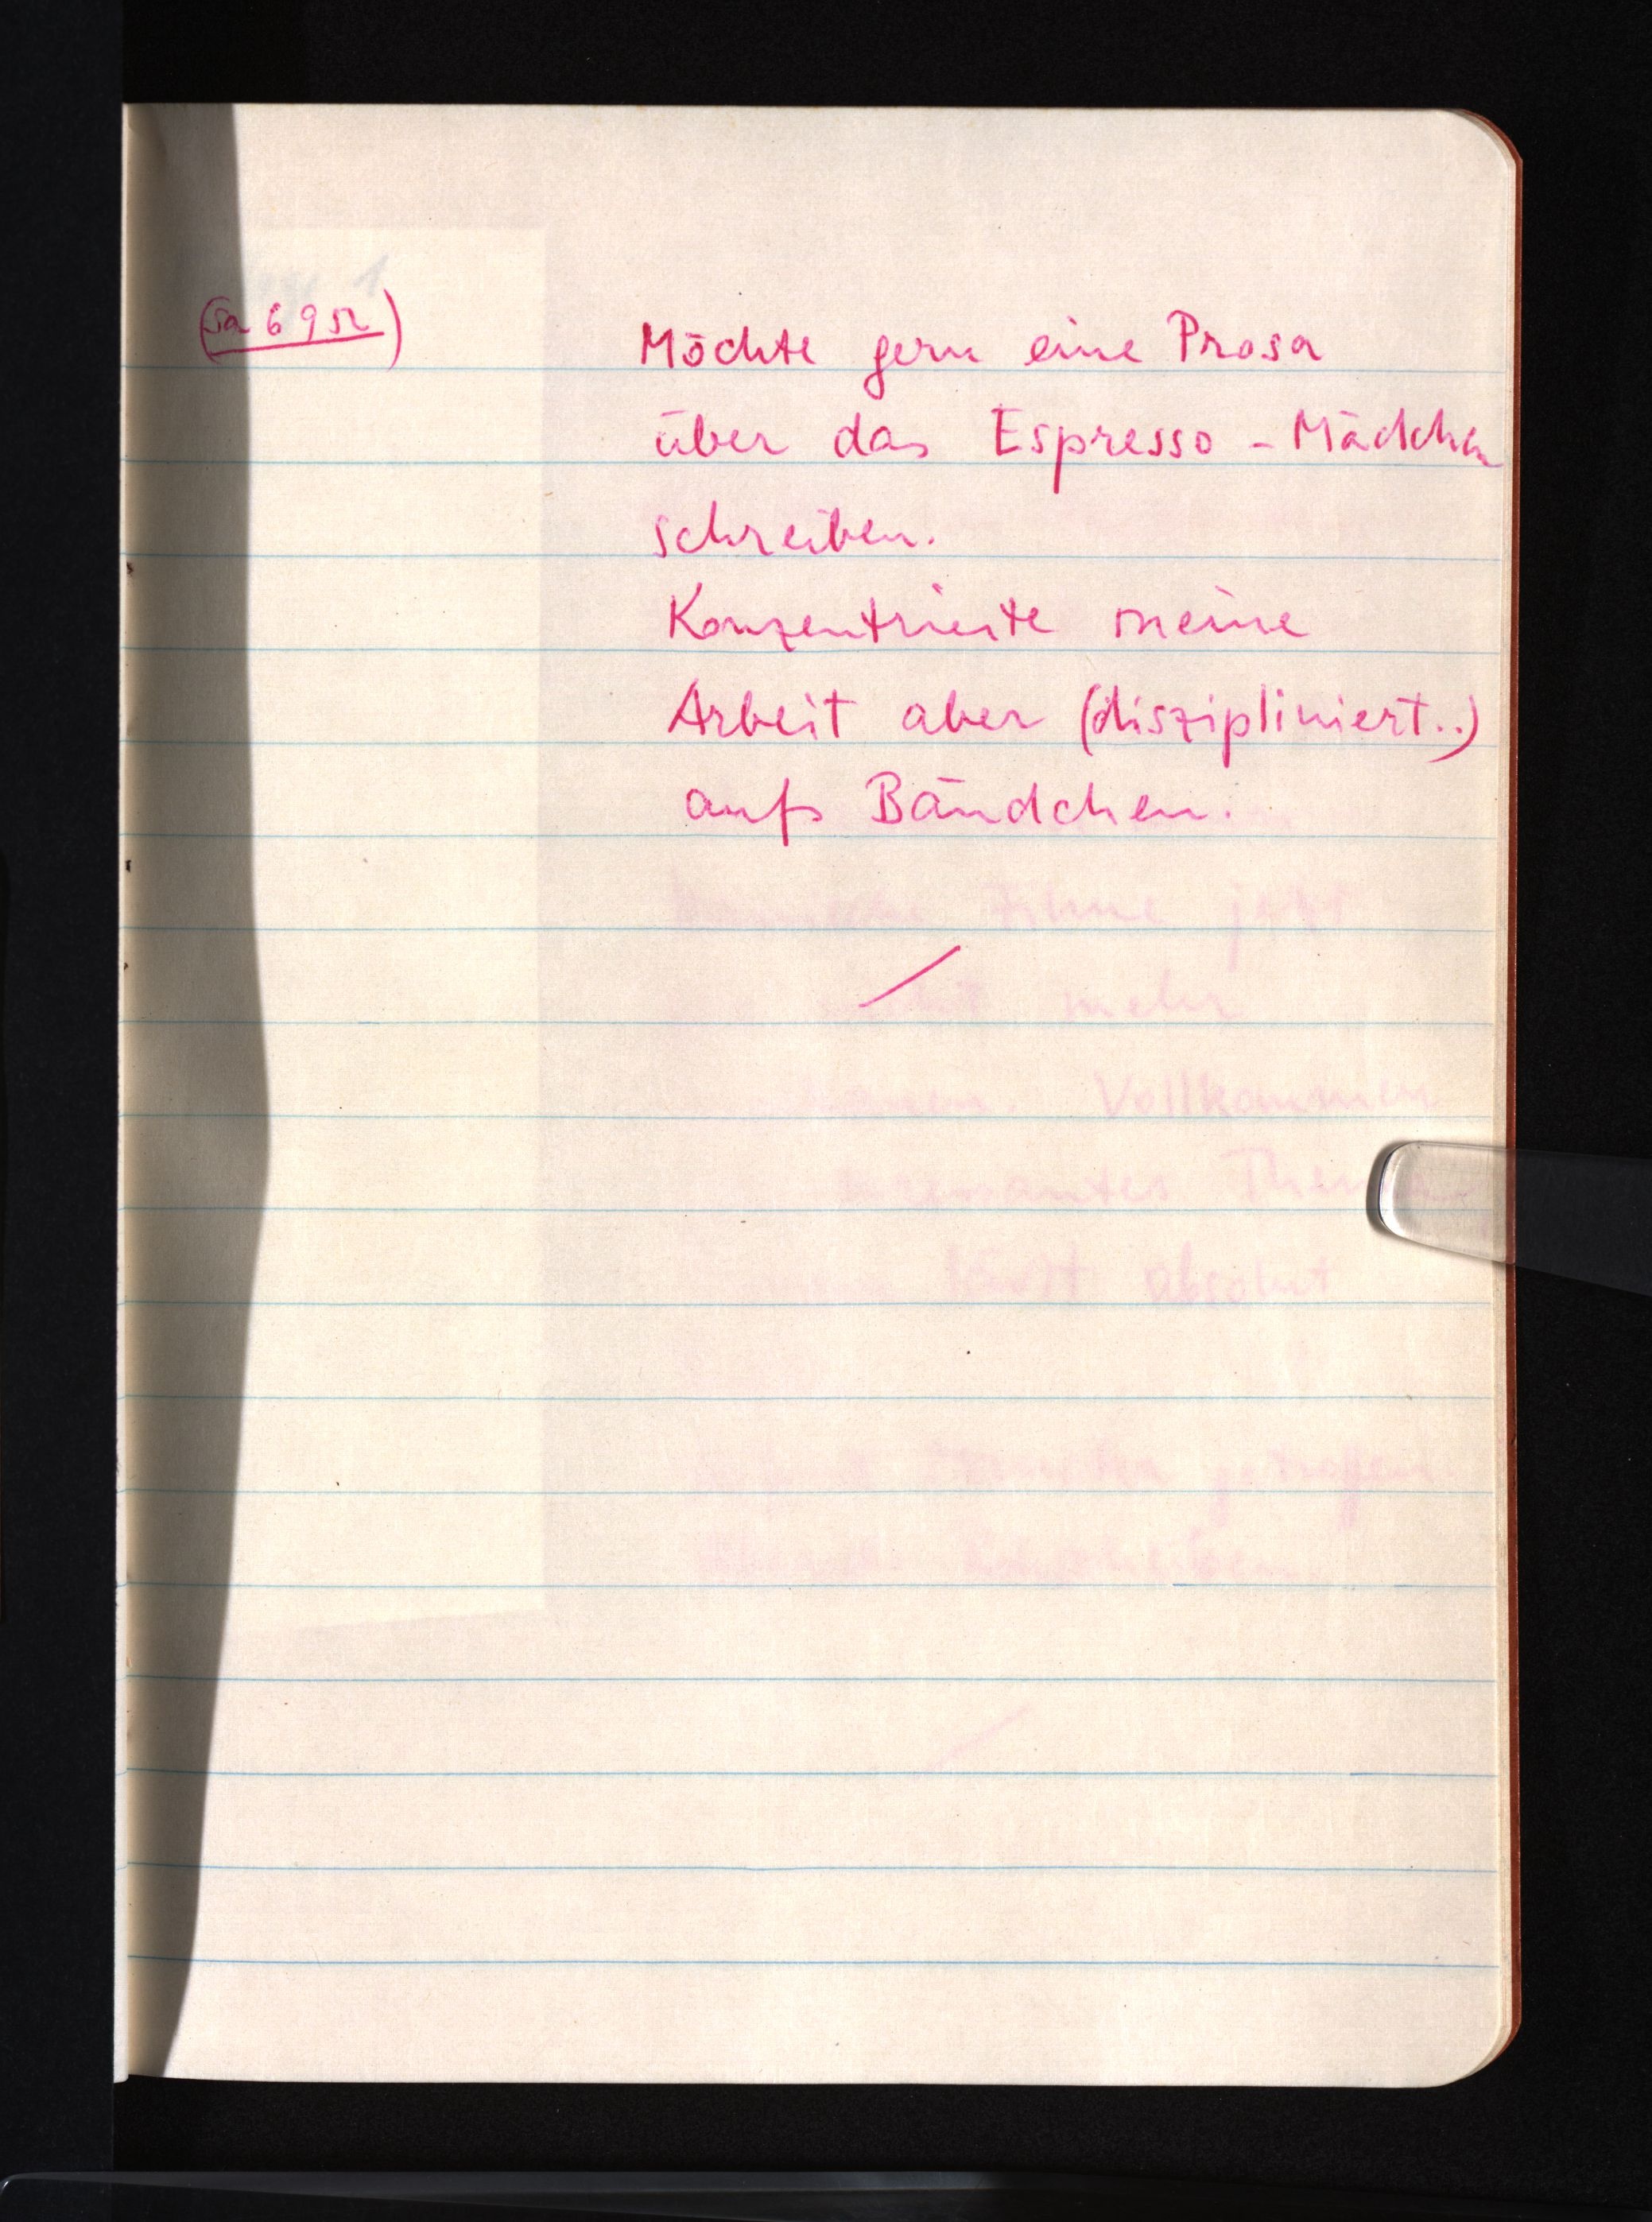
(Sa 6 9 52)
Möchte gern eine Prosa
über das Espresso-Mädchen
schreiben.
Konzentrierte meine
Arbeit aber (diszipliniert ..)
aufs Bändchen.